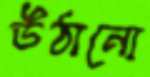
উঠানো